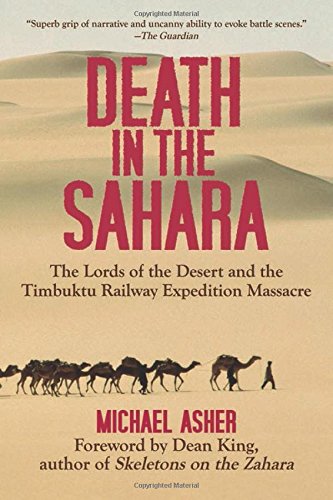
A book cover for Death in the Sahara: The Lords of the Desert and the Timbuktu Railway Expedition Massacre; Michael Asher; History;